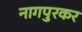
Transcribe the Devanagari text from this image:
नागपुरकर